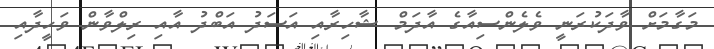
މަގާމަށް ވާދަކުރަނީ ވެލެންސިއާގެ އާދަމް ޝާހިރާއި އަސަދު އަބްދު އާއި ރިލްވާން ވަހީދާއި